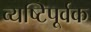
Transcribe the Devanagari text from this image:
व्यष्टिपूर्वक